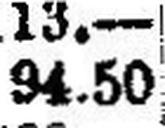
94.50